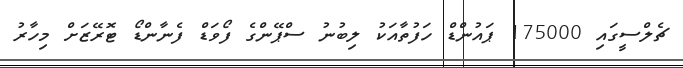
ޗެލްސީގައި 175000 ޕައުންޑް ހަފުތާއަކު ލިބުނު ސްޕޭންގެ ފޯވަޑް ފެނާންޑޯ ޓޮރޭޒަށް މިހާރު